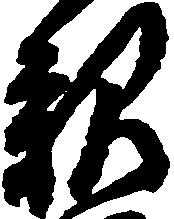
親